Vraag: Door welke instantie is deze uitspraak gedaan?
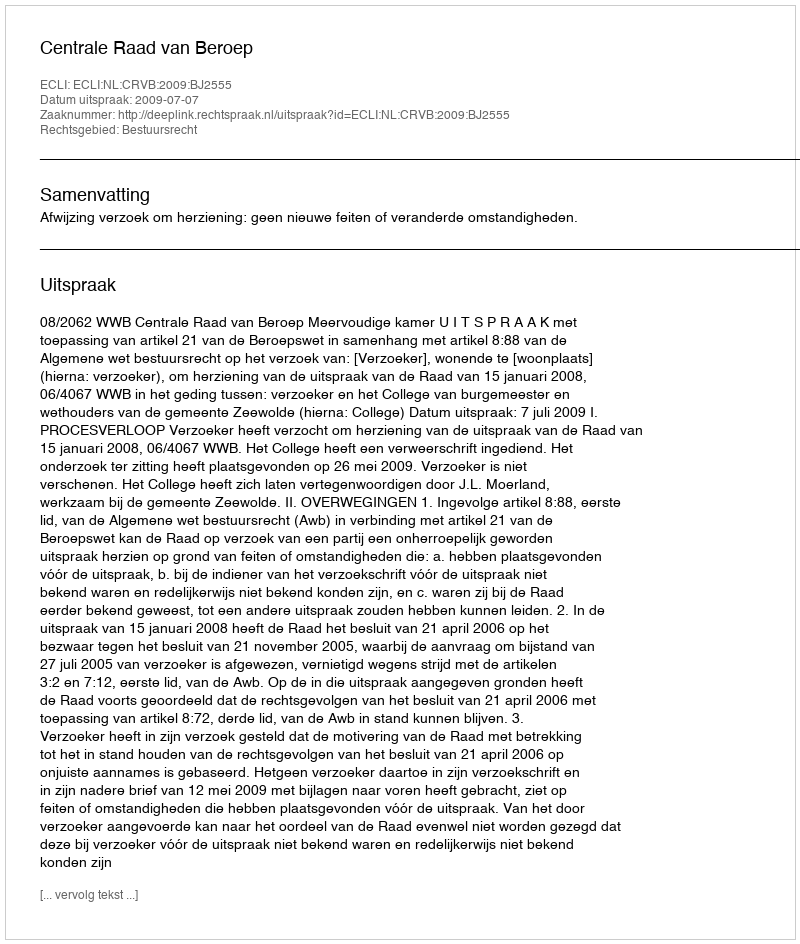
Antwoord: Centrale Raad van Beroep